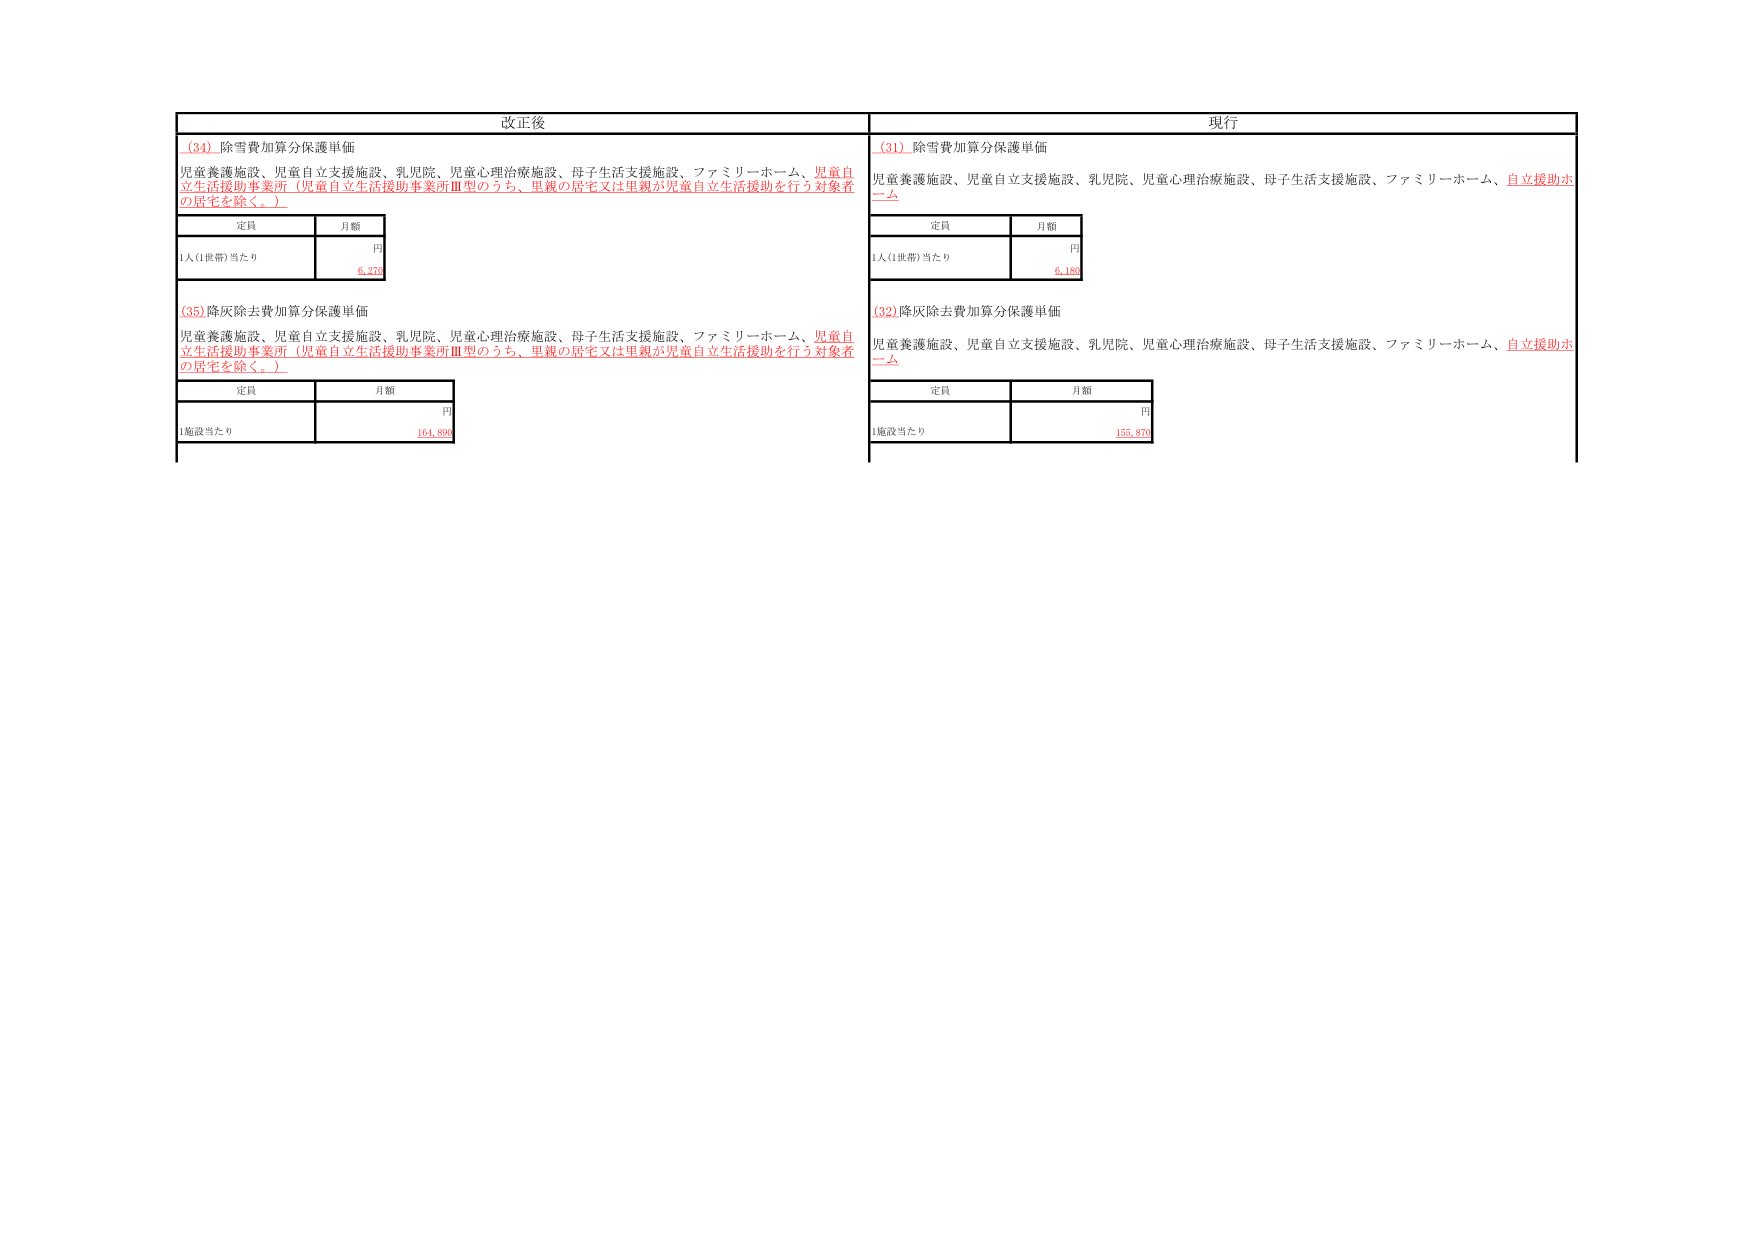
改正後
(34) 除雪費加算分保護単価
児童養護施設、児童自立支援施設、乳児院、児童心理治療施設、母子生活支援施設、ファミリーホーム、児童自立生活援助事業所（児童自立生活援助事業所Ⅲ型のうち、里親の居宅又は里親が児童自立生活援助を行う対象者の居宅を除く。）
定員 月額
円
1人(1世帯)当たり 6,270
(35) 降灰除去費加算分保護単価
児童養護施設、児童自立支援施設、乳児院、児童心理治療施設、母子生活支援施設、ファミリーホーム、児童自立生活援助事業所（児童自立生活援助事業所Ⅲ型のうち、里親の居宅又は里親が児童自立生活援助を行う対象者の居宅を除く。）
定員 月額
円
1施設当たり 164,850

現行
(34) 除雪費加算分保護単価
児童養護施設、児童自立支援施設、乳児院、児童心理治療施設、母子生活支援施設、ファミリーホーム、自立援助ホーム
定員 月額
円
1人(1世帯)当たり 6,180
(32) 降灰除去費加算分保護単価
児童養護施設、児童自立支援施設、乳児院、児童心理治療施設、母子生活支援施設、ファミリーホーム、自立援助ホーム
定員 月額
円
1施設当たり 155,870